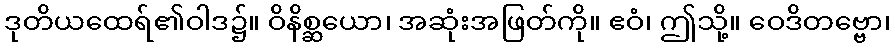
ဒုတိယထေရ်၏ဝါဒ၌။ ဝိနိစ္ဆယော၊ အဆုံးအဖြတ်ကို။ ဧဝံ၊ ဤသို့။ ဝေဒိတဗ္ဗော၊